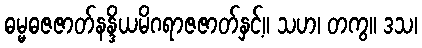
ဓမ္မဓဇဇာတ်နန္ဒိယမိဂရာဇဇာတ်နှင့်။ သဟ၊ တကွ။ ဒသ၊